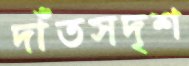
দাঁতসদৃশ